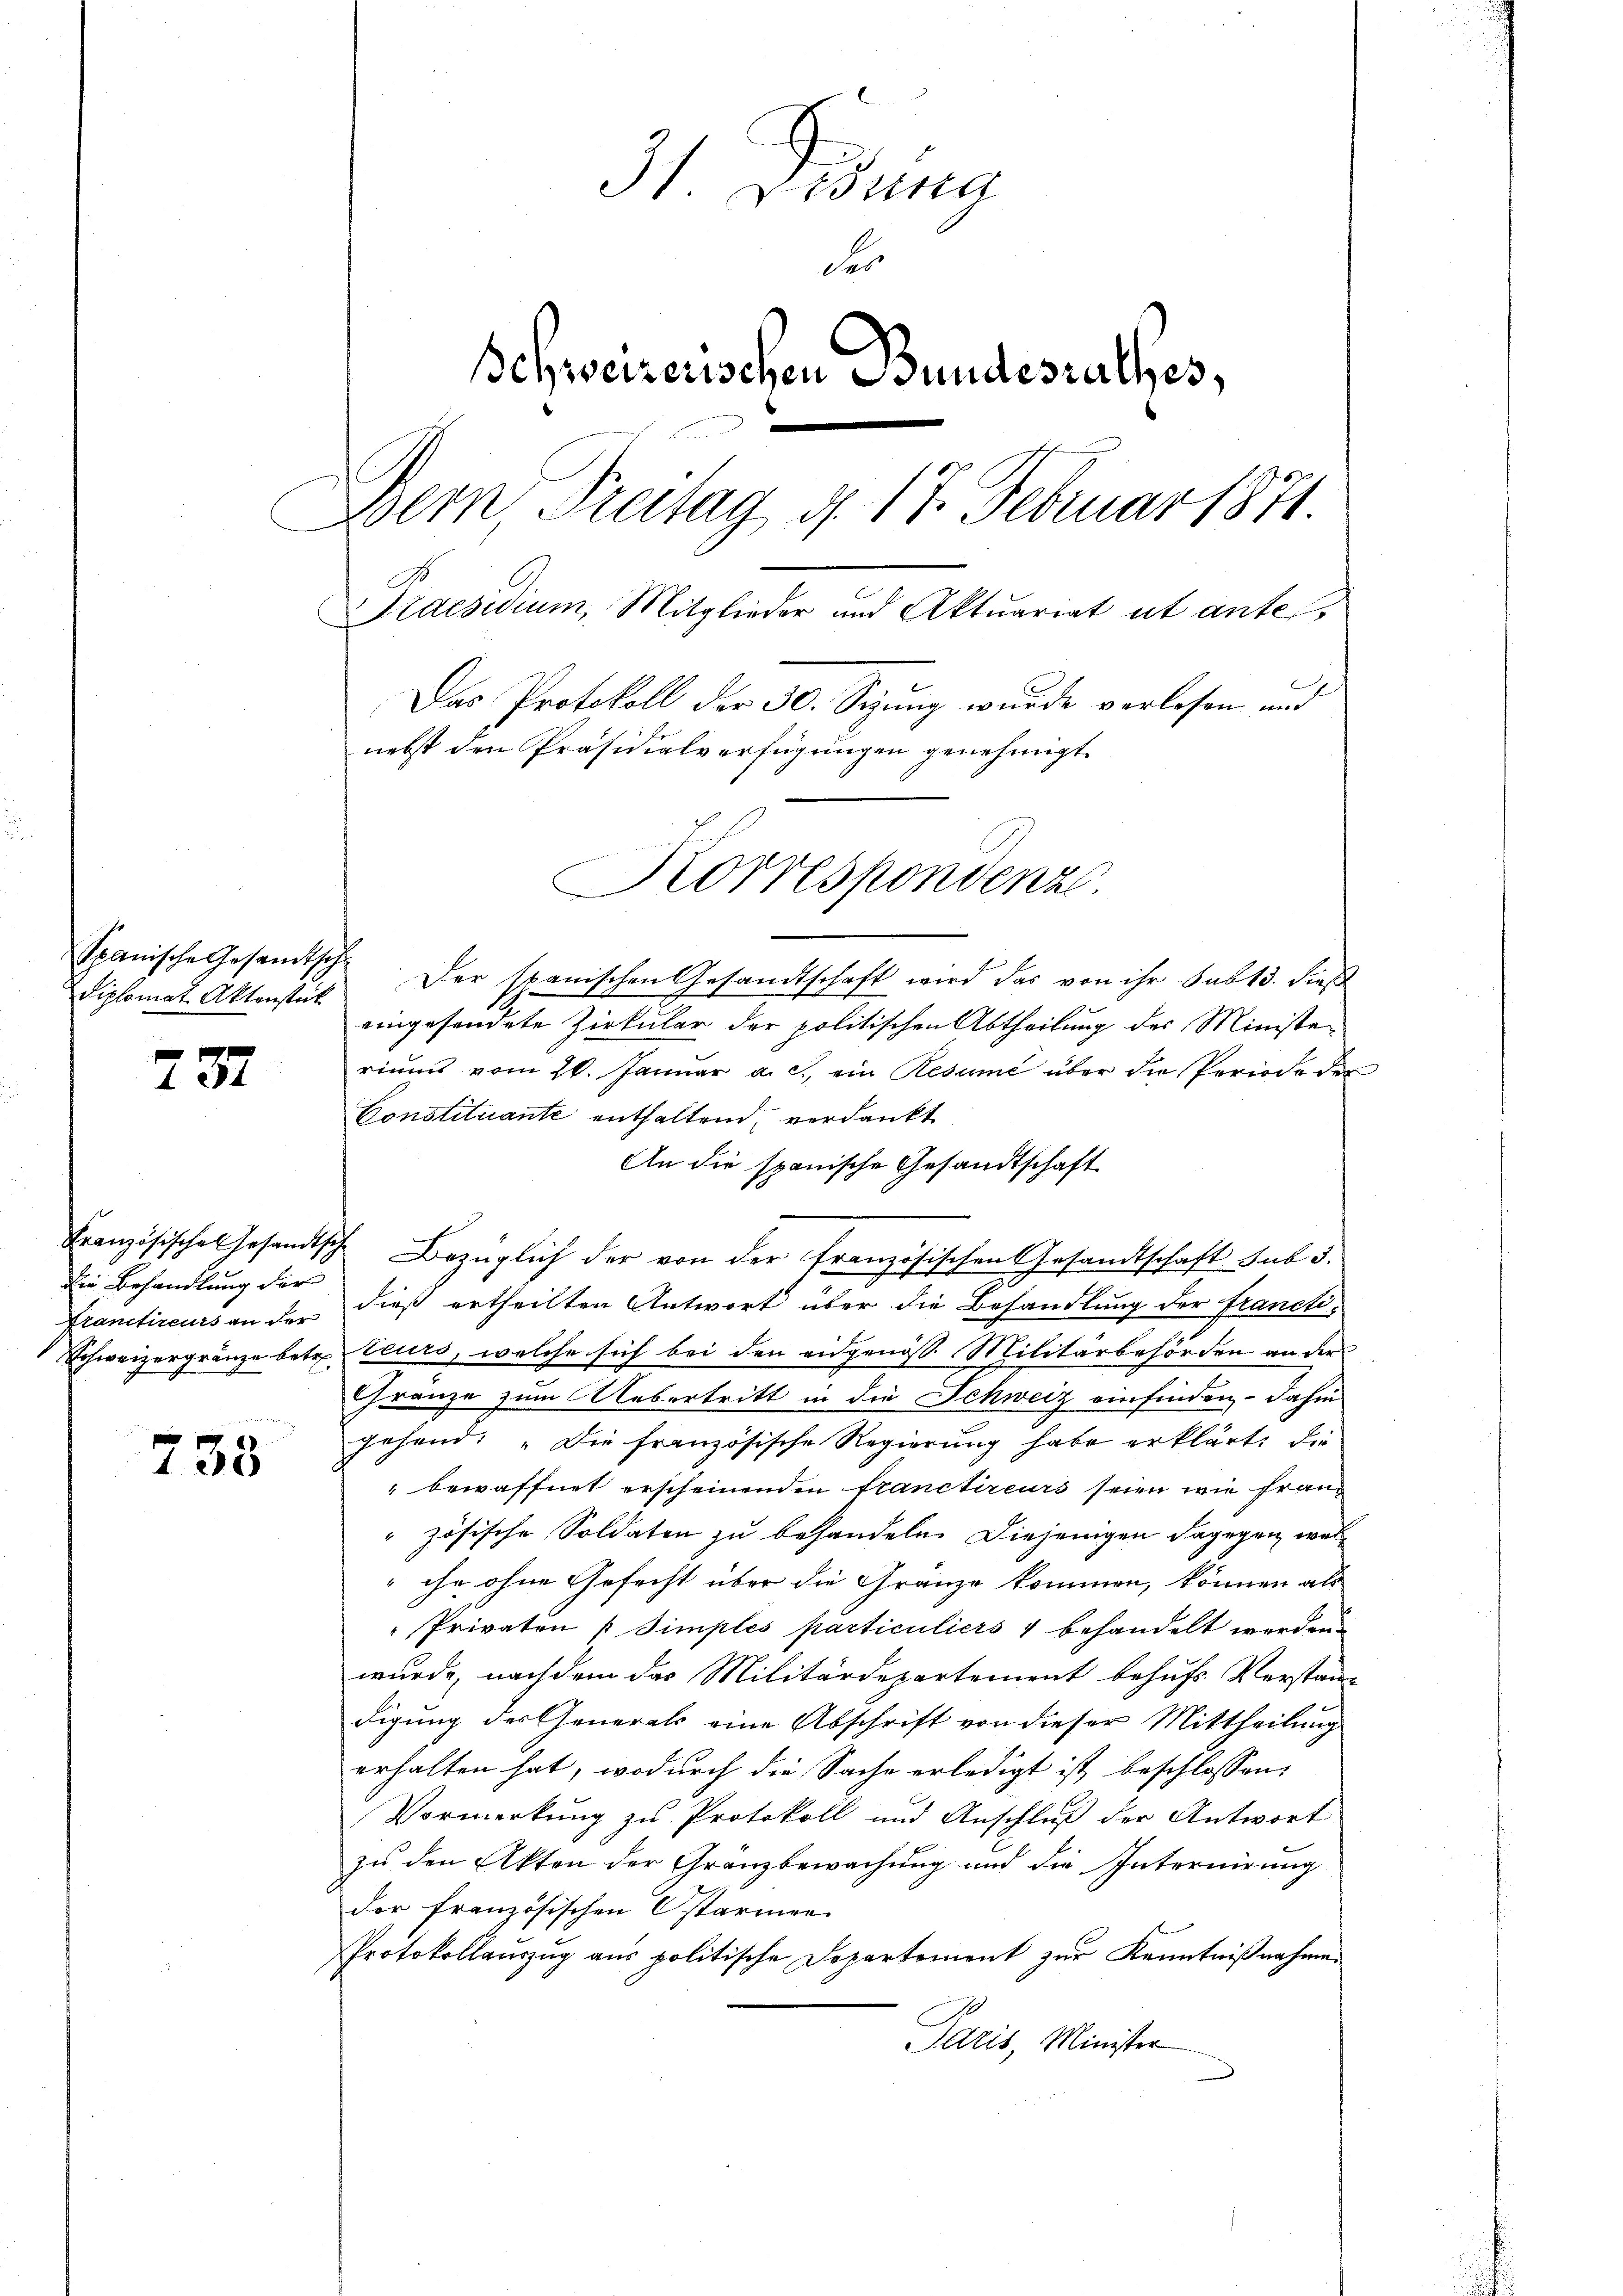
Diplomat Aktenstück

737

die Behandlung der

733

31 Drina
der
Schweizerischen Bundesrathes,
Dern, Freitag 4. 17. Februar 1871
Praesidium, Mitglieder und Aktuariat ut antes,
Das Protokoll der 50. Setzung wurde verlesen und
nebst den Präsidialverfügŭngen genehmigt.
Korrespondenz.

Spanische Gesandtsch. Der spanischen Gesandtschaft wird das von ihr sub 15. dieß
eingesendete Zirkular der politischen Abtheilung des Ministeriums vom 26. Januar a. c. ein Resume über die Periode der
Constituante enthaltend, verdankt
An die spanische Gesandtschaft
Französische Gesandtsch Bezüglich der von der französischen Gesandtschaft sub 3.
Prantiseurs an der dieß ertheilten Antwort über die Behandlung der Francti¬
Schweizergränze betr. teurs, welche sich bei den eidgenöss. Militärbehörden an der
Gränze zum Uebertritt in die Schweiz einfinden, - dahin
gehend: „Die französische Regierung habe erklärt, die
" bewaffnet erscheinenden tranctireurs seien wie Frau
zösische Soldaten zu behandeln. Diejenigen dagegen wel¬
" ihr ohne Gefecht über die Gränze kommen, können als
"Privaten / Simples particuliers 4 behandelt werden.
wurde, nachdem das Militärdepartement behufs Verstän-
digung des Generals eine Abschrift von dieser Mittheilung
erhalten hat, wodurch die Sache erledigt ist, beschlossen:
Vormerkung zu Protokoll und Anschluß der Antwort
zu den Akten der Gränzbewachung und die Internirung
der französischen Ostarmen
Protokollauszug aus politische Departement zur Kenntnißnahmen
Paris, Minister